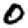
Digit: 0